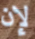
لإن